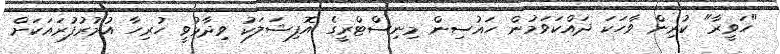
"ހަވީރާ" ކުރިން ވާހަކަ ދައްކަވަމުން ހައުސިން މިނިސްޓްރީގެ އޮފިޝަލަކު ވިދާޅުވީ ހުރިހާ އުމުރުފުރައަކަށް